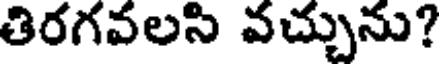
తిరగవలసి వచ్చును?